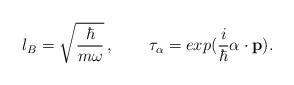
LaTeX: \begin{align*}l_B=\sqrt{ {\hbar \over m\omega} }\,,\hskip 25pt\tau_{\bf \alpha}=exp({i\over\hbar}{\bf \alpha}\cdot{\bf p}).\end{align*}